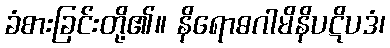
ခံစားခြင်းတို့၏။ နိရောဓဂါမိနိပဋိပဒံ၊